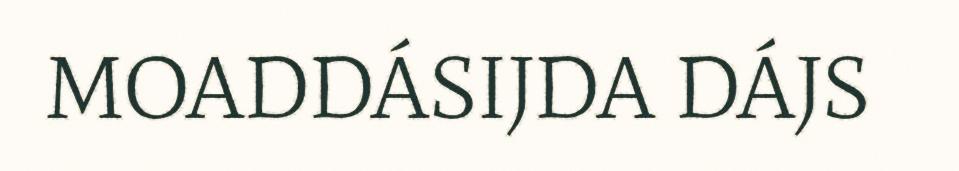
MOADDÁSIJDA DÁJS